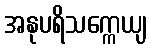
အနုပရိသက္ကေယျ